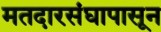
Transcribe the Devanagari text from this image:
मतदारसंघापासून